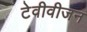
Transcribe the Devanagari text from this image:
टेवीवीजन